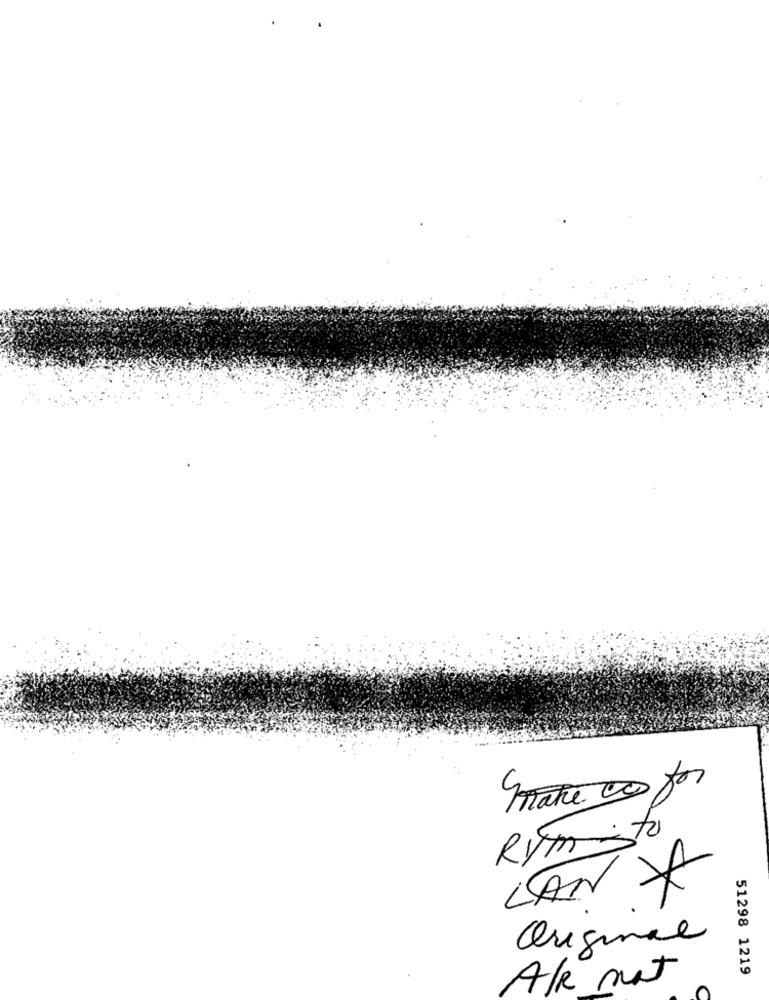
mate 10 for
Rymito
LAN Y
Original
51298 1219
A/R not